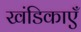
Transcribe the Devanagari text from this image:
खंडिकाएँ